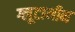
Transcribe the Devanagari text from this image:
ग्लूटामीन